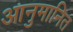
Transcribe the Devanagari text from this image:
आनुमानित